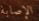
الإصابة